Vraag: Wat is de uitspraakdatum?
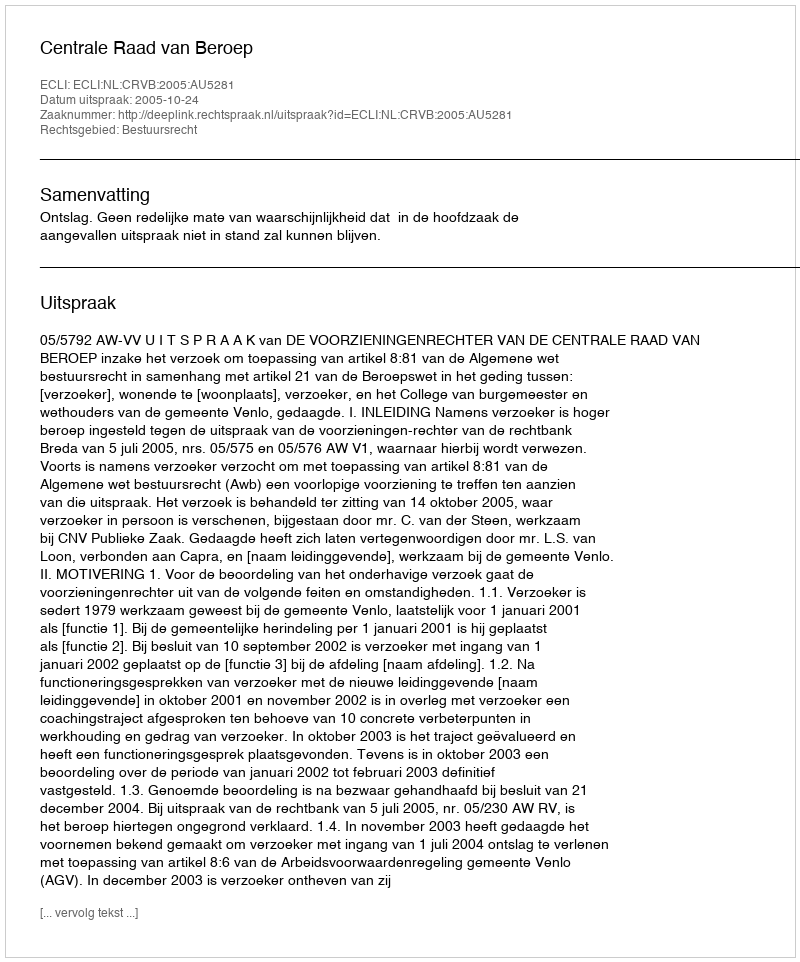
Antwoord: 2005-10-24